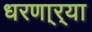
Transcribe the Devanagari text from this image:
धरणा्र्‍या